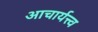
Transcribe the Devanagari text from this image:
आचार्यत्त्व